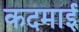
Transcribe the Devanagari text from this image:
कदमाई